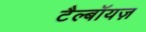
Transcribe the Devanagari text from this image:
टैल्बॉयज़